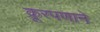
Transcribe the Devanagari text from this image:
क्रूरपणाने